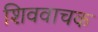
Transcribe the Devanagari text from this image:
शिववाचक